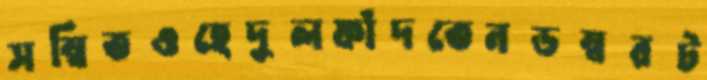
সম্বিতওহেদুলফাঁদতেনডম্বরট